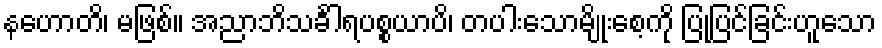
နဟောတိ၊ မဖြစ်။ အညာဘိသင်္ခါရပစ္စယာပိ၊ တပါးသောမျိုးစေ့ကို ပြုပြင်ခြင်းဟူသော